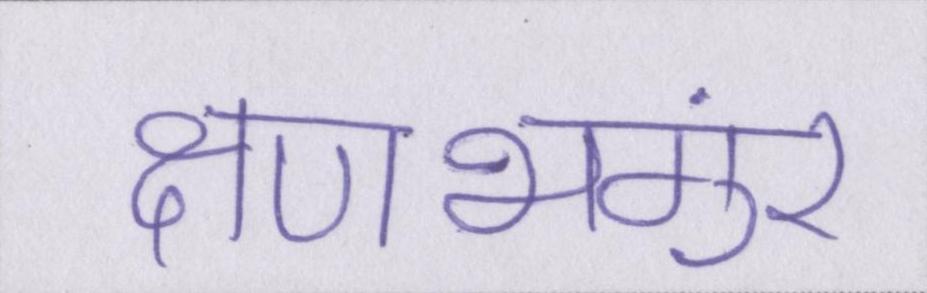
क्षणभंगुर